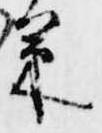
篥